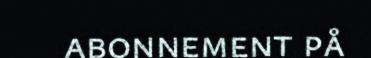
abonnement på